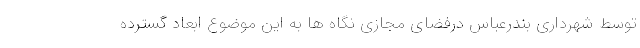
توسط شهرداری بندرعباس درفضای مجازی نگاه ها به این موضوع ابعاد گسترده